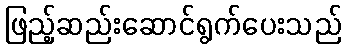
ဖြည့်ဆည်းဆောင်ရွက်ပေးသည်